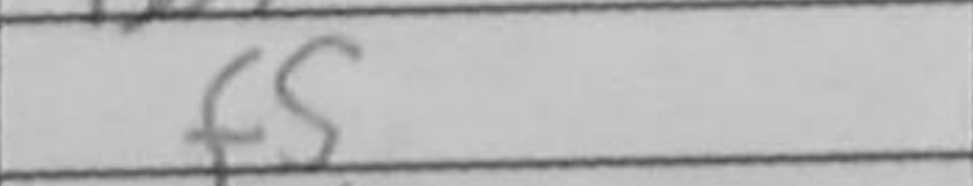
Transcription: f5